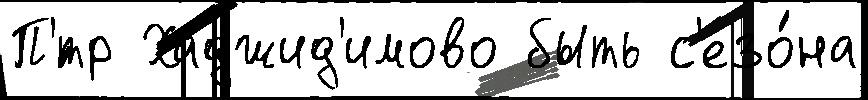
П'́тр Хаджид'имово быть с'езо́на